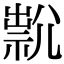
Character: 𡰇